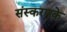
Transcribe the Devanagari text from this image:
संस्‍करणके